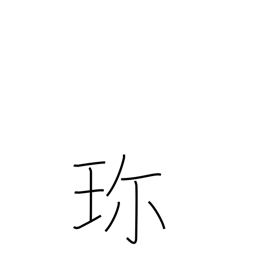
Meaning: valuable